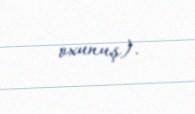
oxunuş).